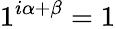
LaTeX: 1^{i\alpha+\beta}=1